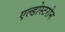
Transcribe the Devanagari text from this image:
एल्डोस्टरोन